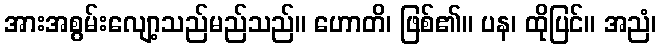
အားအစွမ်းလျော့သည်မည်သည်။ ဟောတိ၊ ဖြစ်၏။ ပန၊ ထိုပြင်။ အညံ၊